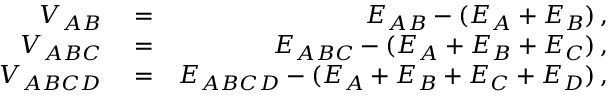
\begin{array} { r l r } { V _ { A B } } & { { } = } & { E _ { A B } - ( E _ { A } + E _ { B } ) \, , } \\ { V _ { A B C } } & { { } = } & { E _ { A B C } - ( E _ { A } + E _ { B } + E _ { C } ) \, , } \\ { V _ { A B C D } } & { { } = } & { E _ { A B C D } - ( E _ { A } + E _ { B } + E _ { C } + E _ { D } ) \, , } \end{array}